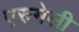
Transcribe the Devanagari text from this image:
एरुमेली